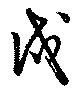
戍